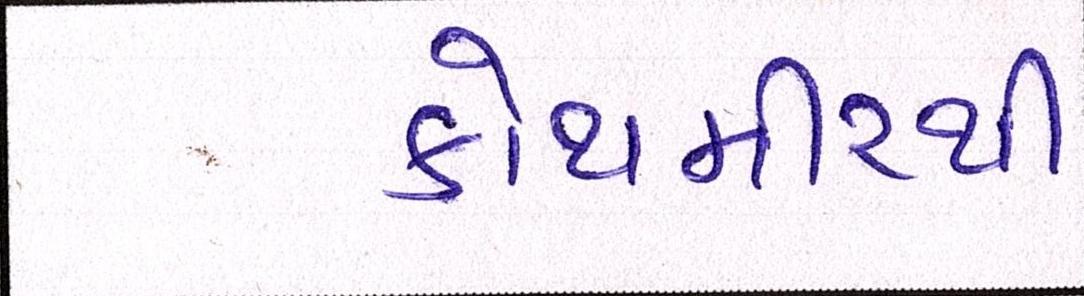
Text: કોથમીરથી